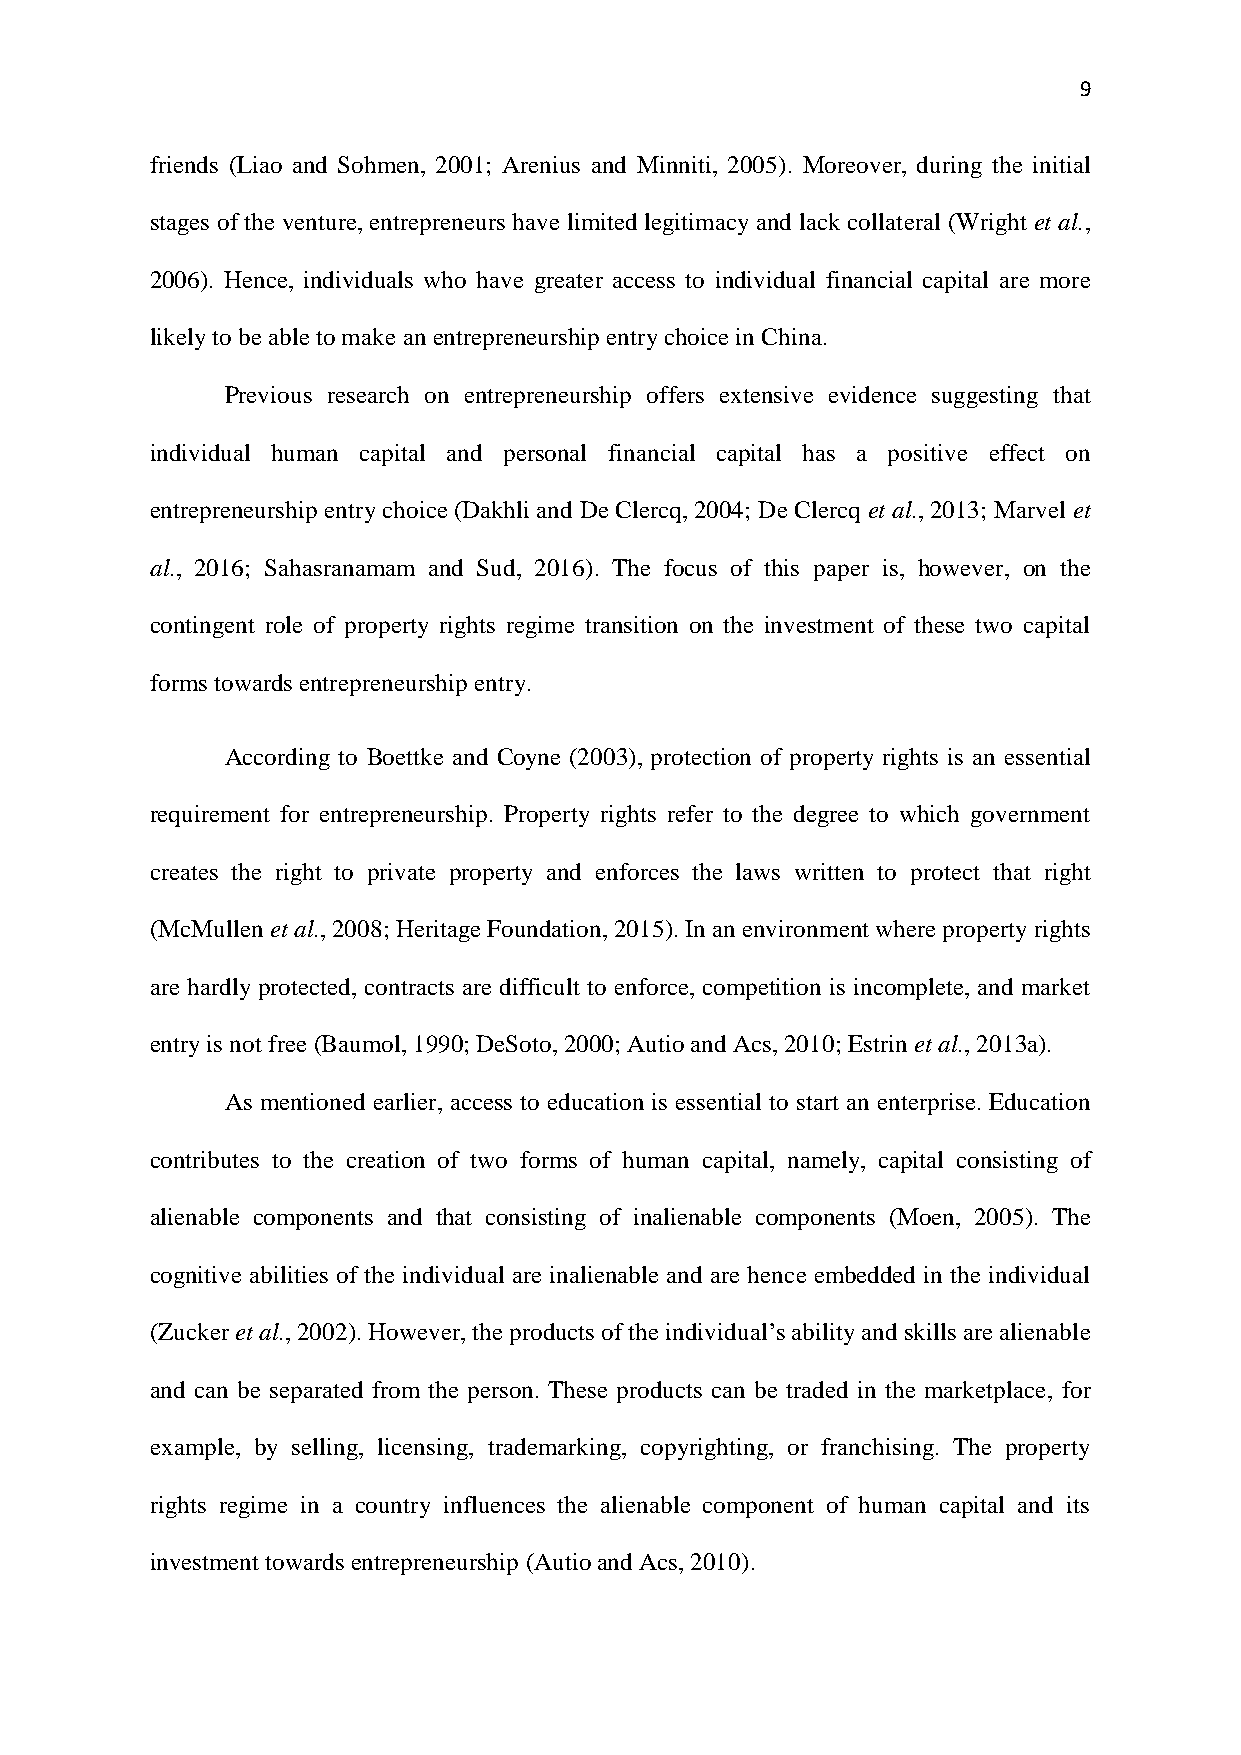
9
 friends (Liao and Sohmen, 2001; Arenius and Minniti, 2005). Moreover, during the initial
 stages of the venture, entrepreneurs have limited legitimacy and lack collateral (Wright et al.,
 2006). Hence, individuals who have greater access to individual financial capital are more
 likely to be able to make an entrepreneurship entry choice in China.
 Previous research on entrepreneurship offers extensive evidence suggesting that
 individual human capital and personal financial capital has a positive effect on
 entrepreneurship entry choice (Dakhli and De Clercq, 2004; De Clercq et al., 2013; Marvel et
 al., 2016; Sahasranamam and Sud, 2016). The focus of this paper is, however, on the
 contingent role of property rights regime transition on the investment of these two capital
 forms towards entrepreneurship entry.
 According to Boettke and Coyne (2003), protection of property rights is an essential
 requirement for entrepreneurship. Property rights refer to the degree to which government
 creates the right to private property and enforces the laws written to protect that right
 (McMullen et al., 2008; Heritage Foundation, 2015). In an environment where property rights
 are hardly protected, contracts are difficult to enforce, competition is incomplete, and market
 entry is not free (Baumol, 1990; DeSoto, 2000; Autio and Acs, 2010; Estrin et al., 2013a).
 As mentioned earlier, access to education is essential to start an enterprise. Education
 contributes to the creation of two forms of human capital, namely, capital consisting of
 alienable components and that consisting of inalienable components (Moen, 2005). The
 cognitive abilities of the individual are inalienable and are hence embedded in the individual
 (Zucker et al., 2002). However, the products of the individual’s ability and skills are alienable
 and can be separated from the person. These products can be traded in the marketplace, for
 example, by selling, licensing, trademarking, copyrighting, or franchising. The property
 rights regime in a country influences the alienable component of human capital and its
 investment towards entrepreneurship (Autio and Acs, 2010).